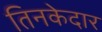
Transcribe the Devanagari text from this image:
तिनकेदार